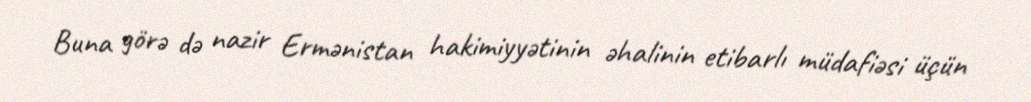
Buna görə də nazir Ermənistan hakimiyyətinin əhalinin etibarlı müdafiəsi üçün